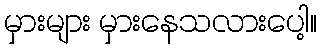
မှားများ မှားနေသလားပေါ့။